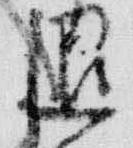
退